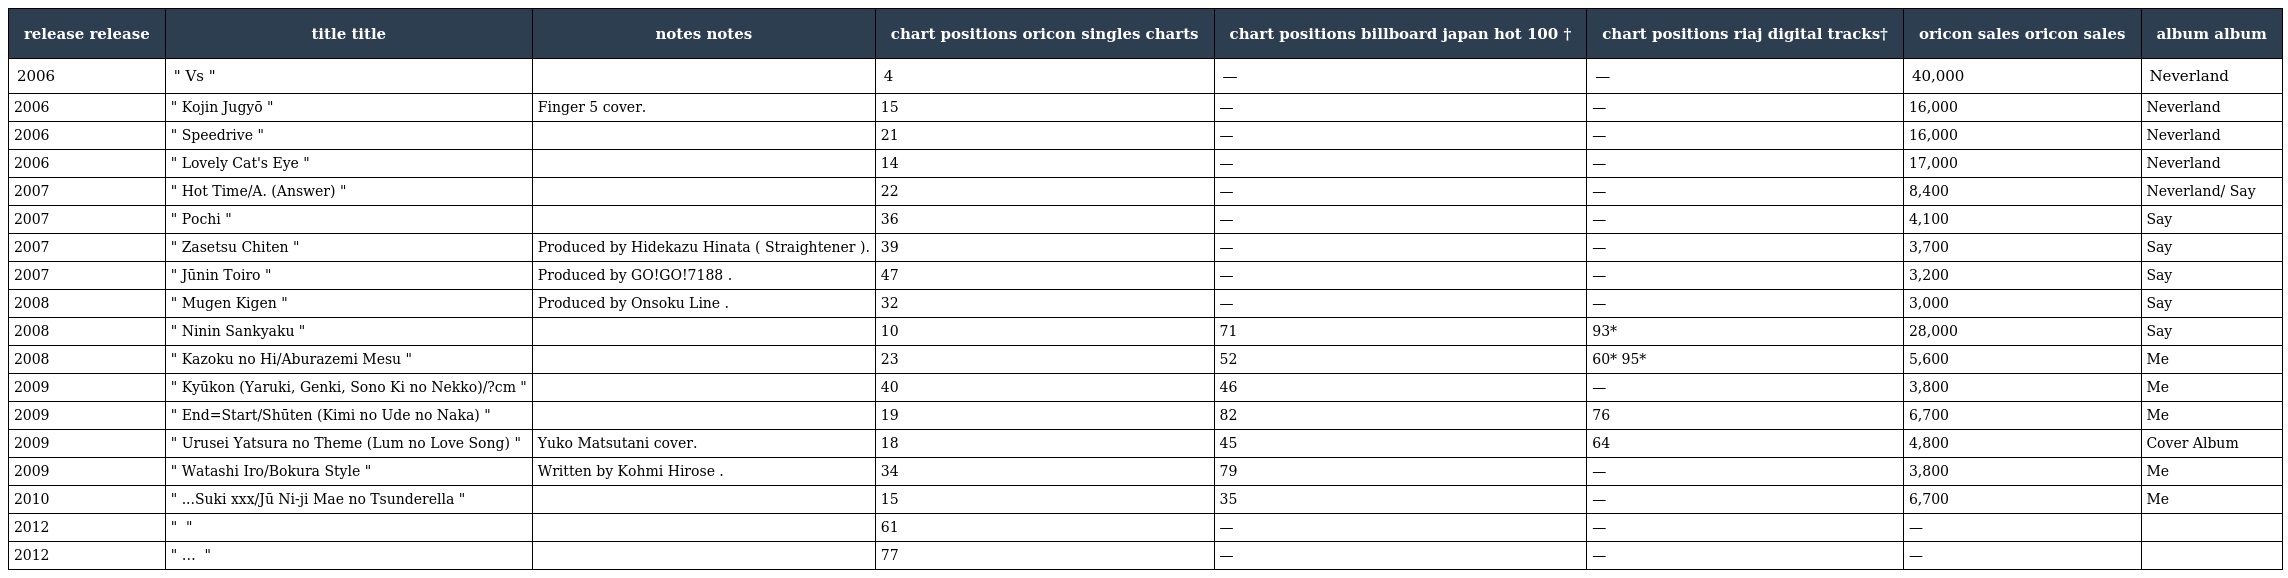
| release release | title title | notes notes | chart positions oricon singles charts | chart positions billboard japan hot 100 † | chart positions riaj digital tracks† | oricon sales oricon sales | album album |
 | --- | --- | --- | --- | --- | --- | --- | --- |
 | 2006 | " Vs " |  | 4 | — | — | 40,000 | Neverland |
 | 2006 | " Kojin Jugyō " | Finger 5 cover. | 15 | — | — | 16,000 | Neverland |
 | 2006 | " Speedrive " |  | 21 | — | — | 16,000 | Neverland |
 | 2006 | " Lovely Cat's Eye " |  | 14 | — | — | 17,000 | Neverland |
 | 2007 | " Hot Time/A. (Answer) " |  | 22 | — | — | 8,400 | Neverland/ Say |
 | 2007 | " Pochi " |  | 36 | — | — | 4,100 | Say |
 | 2007 | " Zasetsu Chiten " | Produced by Hidekazu Hinata ( Straightener ). | 39 | — | — | 3,700 | Say |
 | 2007 | " Jūnin Toiro " | Produced by GO!GO!7188 . | 47 | — | — | 3,200 | Say |
 | 2008 | " Mugen Kigen " | Produced by Onsoku Line . | 32 | — | — | 3,000 | Say |
 | 2008 | " Ninin Sankyaku " |  | 10 | 71 | 93* | 28,000 | Say |
 | 2008 | " Kazoku no Hi/Aburazemi Mesu " |  | 23 | 52 | 60* 95* | 5,600 | Me |
 | 2009 | " Kyūkon (Yaruki, Genki, Sono Ki no Nekko)/?cm " |  | 40 | 46 | — | 3,800 | Me |
 | 2009 | " End=Start/Shūten (Kimi no Ude no Naka) " |  | 19 | 82 | 76 | 6,700 | Me |
 | 2009 | " Urusei Yatsura no Theme (Lum no Love Song) " | Yuko Matsutani cover. | 18 | 45 | 64 | 4,800 | Cover Album |
 | 2009 | " Watashi Iro/Bokura Style " | Written by Kohmi Hirose . | 34 | 79 | — | 3,800 | Me |
 | 2010 | " ...Suki xxx/Jū Ni-ji Mae no Tsunderella " |  | 15 | 35 | — | 6,700 | Me |
 | 2012 | " マイアリーノ！ " |  | 61 | — | — | — |  |
 | 2012 | " いつまでも… テディベア " |  | 77 | — | — | — |  |